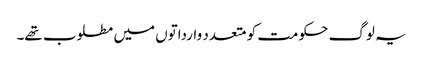
یہ لوگ حکومت کو متعدد وارداتوں میں مطلوب تھے۔